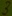
Text: 3